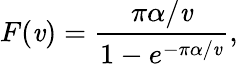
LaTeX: F(\mathit{v})=\frac{{\pi\alpha/\mathit{v}}}{{1-e^{-\pi\alpha/\mathit{v}}}},